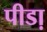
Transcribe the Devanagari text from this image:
पीडा़